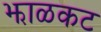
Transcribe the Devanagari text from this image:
झाळकट